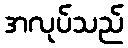
အလုပ်သည်